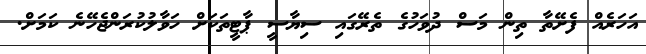
އަހަރެއް ފެށޭތާ ތިން މަސް ދުވަހުގެ ތެރޭގައި ސިޔާސީ ޕާޓީތަކަށް ހަވާލުކުރަންޖެހޭނެ ކަމަށް.